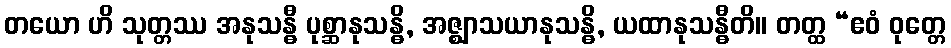
တယော ဟိ သုတ္တဿ အနုသန္ဓီ ပုစ္ဆာနုသန္ဓိ, အဇ္ဈာသယာနုသန္ဓိ, ယထာနုသန္ဓီတိ။ တတ္ထ “ဧဝံ ဝုတ္တေ